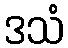
ဒသံ